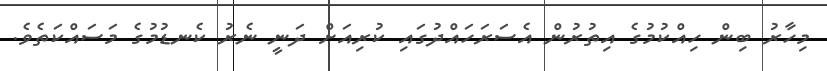
މިހާރު ބިން ހިއްކުމުގެ އިތުރުން އެސަރަހައްދުގައި ކުރިއަށް ދަނީ ނެރު ކެނޑުމުގެ މަސައްކަތެވެ.